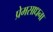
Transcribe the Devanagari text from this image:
प्रेमसाधना